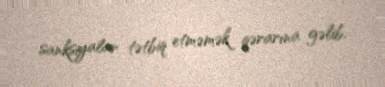
sanksiyalar tətbiq etməmək qərarına gəlib.